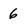
Character: 6